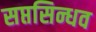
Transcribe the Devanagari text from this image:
सप्तसिन्धव